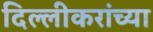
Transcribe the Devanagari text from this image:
दिल्लीकरांच्या